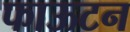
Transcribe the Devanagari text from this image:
फाऊटन